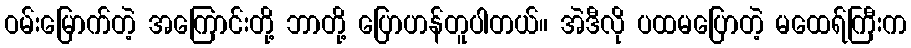
ဝမ်းမြောက်တဲ့ အကြောင်းတို့ ဘာတို့ ပြောဟန်တူပါတယ်။ အဲဒီလို ပထမပြောတဲ့ မထေရ်ကြီးက